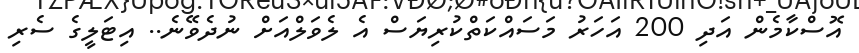
އޮސްކާމެން އަދި 200 އަހަރު މަސައްކަތްކުރިޔަސް އެ ލެވަލްއަށް ނުދެވޭނެ.. އިޓަލީގެ ސެރި